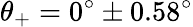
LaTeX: \theta_{+}=0^{\circ}\pm 0.58^{\circ}